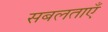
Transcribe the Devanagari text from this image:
सबलताएँ